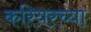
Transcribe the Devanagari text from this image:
करियरच्या